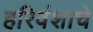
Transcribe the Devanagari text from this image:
हरिवंशाचे